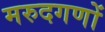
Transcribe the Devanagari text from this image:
मरुदगणों